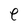
Character: e